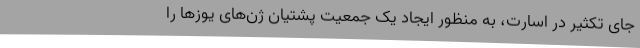
جای تکثیر در اسارت، به منظور ایجاد یک جمعیت پشتیان ژن‌های یوزها را